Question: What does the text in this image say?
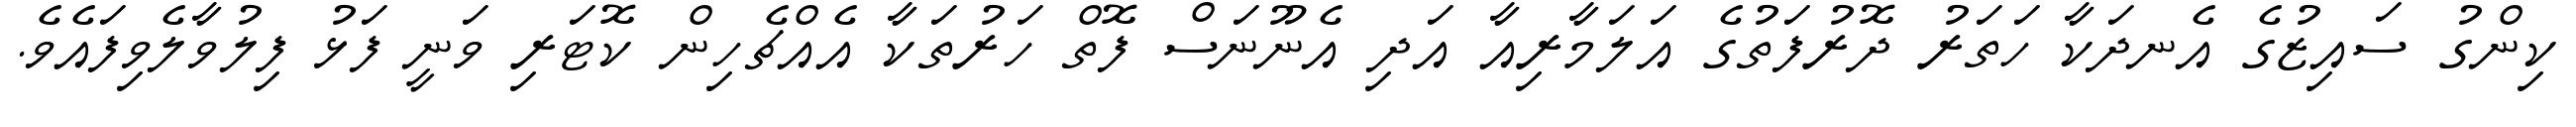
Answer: ކިންގު ސައިޒުގެ އެނދަކާ ހަތަރު ދޮރުފަތުގެ އަލަމާރިއާ އަދި އެނޫނަސް ފޮތް ހަރުތަކާ އެއްޗެހިން ކޮޓަރި ވަނީ ފަޅު ފިލުވާލެވިފައެވެ.